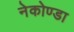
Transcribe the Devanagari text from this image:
नेकोण्डा